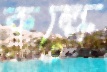
কল্কে